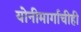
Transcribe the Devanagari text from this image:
योनीमार्गाचीही